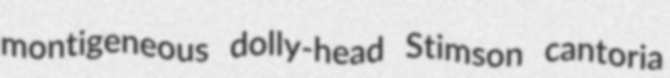
montigeneous dolly-head Stimson cantoria